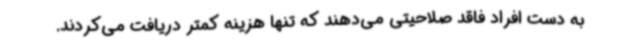
به دست افراد فاقد صلاحیتی می‌دهند که تنها هزینه کمتر دریافت می‌کردند.